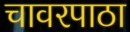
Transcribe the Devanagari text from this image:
चावरपाठा